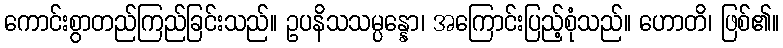
ကောင်းစွာတည်ကြည်ခြင်းသည်။ ဥပနိသသမ္ပန္နော၊ အကြောင်းပြည့်စုံသည်။ ဟောတိ၊ ဖြစ်၏။